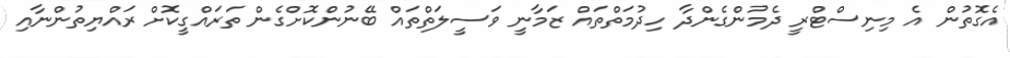
އެގޮތުން އެ މިނިސްޓްރީ ދެމުންގެންދާ ހިދުމަތްތައް ޒަމާނީ ވަސީލަތްތައް ބޭނުންކޮށްގެން ތަރައްގީކޮށް ރައްޔިތުންނާއި